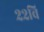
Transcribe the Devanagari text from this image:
२२वि